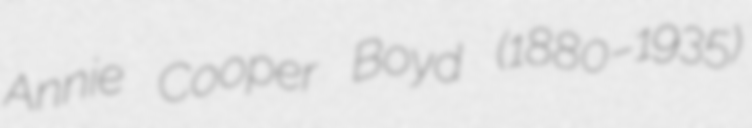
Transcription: Annie Cooper Boyd (1880–1935)